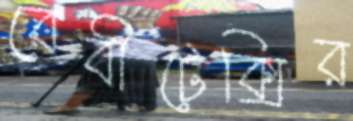
বেবীটেক্সির